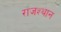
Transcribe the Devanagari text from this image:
राजश्थान